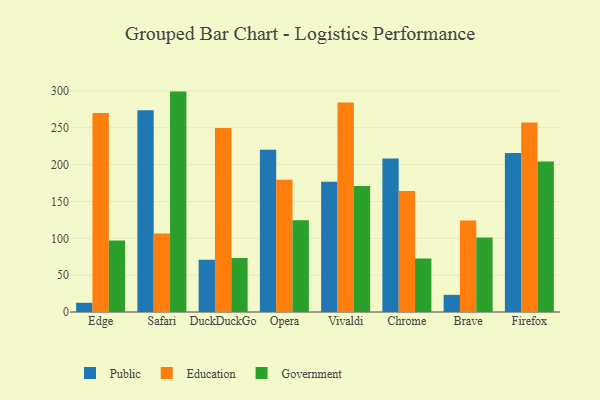
{"axis": {"x": "Browser", "y": "Operating Costs (USD K)"}, "legend": ["Education", "Government", "Public"], "data": [{"x": "Edge", "y": 12.5, "type": "Public"}, {"x": "Edge", "y": 270.2, "type": "Education"}, {"x": "Edge", "y": 97.1, "type": "Government"}, {"x": "Safari", "y": 273.8, "type": "Public"}, {"x": "Safari", "y": 106.7, "type": "Education"}, {"x": "Safari", "y": 299.1, "type": "Government"}, {"x": "DuckDuckGo", "y": 71.0, "type": "Public"}, {"x": "DuckDuckGo", "y": 249.8, "type": "Education"}, {"x": "DuckDuckGo", "y": 73.2, "type": "Government"}, {"x": "Opera", "y": 220.3, "type": "Public"}, {"x": "Opera", "y": 179.5, "type": "Education"}, {"x": "Opera", "y": 124.5, "type": "Government"}, {"x": "Vivaldi", "y": 176.6, "type": "Public"}, {"x": "Vivaldi", "y": 284.2, "type": "Education"}, {"x": "Vivaldi", "y": 170.9, "type": "Government"}, {"x": "Chrome", "y": 208.3, "type": "Public"}, {"x": "Chrome", "y": 164.2, "type": "Education"}, {"x": "Chrome", "y": 72.7, "type": "Government"}, {"x": "Brave", "y": 23.3, "type": "Public"}, {"x": "Brave", "y": 124.2, "type": "Education"}, {"x": "Brave", "y": 101.0, "type": "Government"}, {"x": "Firefox", "y": 215.9, "type": "Public"}, {"x": "Firefox", "y": 257.1, "type": "Education"}, {"x": "Firefox", "y": 204.3, "type": "Government"}]}